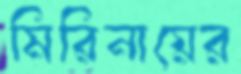
মিরিনায়ের